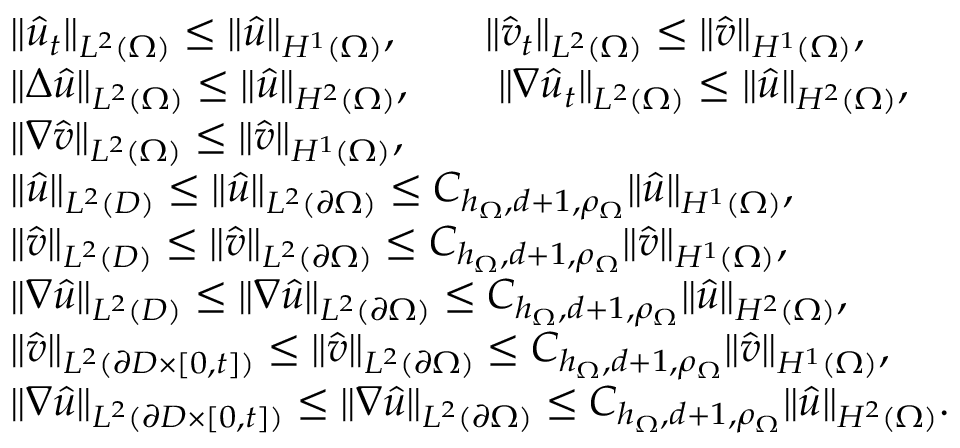
\begin{array} { r l } & { \| \hat { u } _ { t } \| _ { L ^ { 2 } ( \Omega ) } \leq \| \hat { u } \| _ { H ^ { 1 } ( \Omega ) } , \qquad \| \hat { v } _ { t } \| _ { L ^ { 2 } ( \Omega ) } \leq \| \hat { v } \| _ { H ^ { 1 } ( \Omega ) } , } \\ & { \| \Delta \hat { u } \| _ { L ^ { 2 } ( \Omega ) } \leq \| \hat { u } \| _ { H ^ { 2 } ( \Omega ) } , \qquad \| \nabla \hat { u } _ { t } \| _ { L ^ { 2 } ( \Omega ) } \leq \| \hat { u } \| _ { H ^ { 2 } ( \Omega ) } , } \\ & { \| \nabla \hat { v } \| _ { L ^ { 2 } ( \Omega ) } \leq \| \hat { v } \| _ { H ^ { 1 } ( \Omega ) } , } \\ & { \| \hat { u } \| _ { L ^ { 2 } ( D ) } \leq \| \hat { u } \| _ { L ^ { 2 } ( \partial \Omega ) } \leq C _ { h _ { \Omega } , d + 1 , \rho _ { \Omega } } \| \hat { u } \| _ { H ^ { 1 } ( \Omega ) } , } \\ & { \| \hat { v } \| _ { L ^ { 2 } ( D ) } \leq \| \hat { v } \| _ { L ^ { 2 } ( \partial \Omega ) } \leq C _ { h _ { \Omega } , d + 1 , \rho _ { \Omega } } \| \hat { v } \| _ { H ^ { 1 } ( \Omega ) } , } \\ & { \| \nabla \hat { u } \| _ { L ^ { 2 } ( D ) } \leq \| \nabla \hat { u } \| _ { L ^ { 2 } ( \partial \Omega ) } \leq C _ { h _ { \Omega } , d + 1 , \rho _ { \Omega } } \| \hat { u } \| _ { H ^ { 2 } ( \Omega ) } , } \\ & { \| \hat { v } \| _ { L ^ { 2 } ( \partial D \times [ 0 , t ] ) } \leq \| \hat { v } \| _ { L ^ { 2 } ( \partial \Omega ) } \leq C _ { h _ { \Omega } , d + 1 , \rho _ { \Omega } } \| \hat { v } \| _ { H ^ { 1 } ( \Omega ) } , } \\ & { \| \nabla \hat { u } \| _ { L ^ { 2 } ( \partial D \times [ 0 , t ] ) } \leq \| \nabla \hat { u } \| _ { L ^ { 2 } ( \partial \Omega ) } \leq C _ { h _ { \Omega } , d + 1 , \rho _ { \Omega } } \| \hat { u } \| _ { H ^ { 2 } ( \Omega ) } . } \end{array}